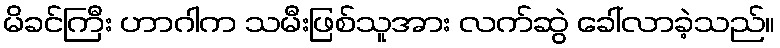
မိခင်ကြီး ဟာဂါက သမီးဖြစ်သူအား လက်ဆွဲ ခေါ်လာခဲ့သည်။